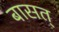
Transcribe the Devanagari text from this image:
बासत्